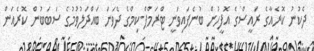
ދެކުނު ކޮރެއާގެ ރައީސްގެ އޮފީހުން ބުނެފައިވަނީ ޓްރަމްޕް-ކިމްގެ ދެވަނަ ބައްދަލުވުމުގެ ސަބަބުން ކޮރެއަން